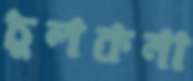
চুলকনা